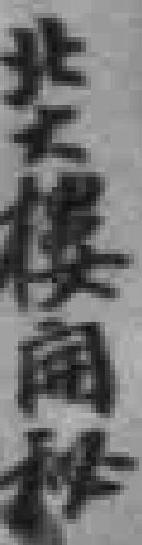
北大楼闻秘